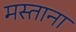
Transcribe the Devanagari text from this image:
मस्‍ताना